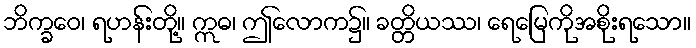
ဘိက္ခဝေ၊ ရဟန်းတို့။ ဣဓ၊ ဤလောက၌။ ခတ္တိယဿ၊ ရေမြေကိုအစိုးရသော။